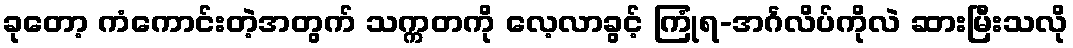
ခုတော့ ကံကောင်းတဲ့အတွက် သက္ကတကို လေ့လာခွင့် ကြုံရ-အင်္ဂလိပ်ကိုလဲ ဆားမြီးသလို